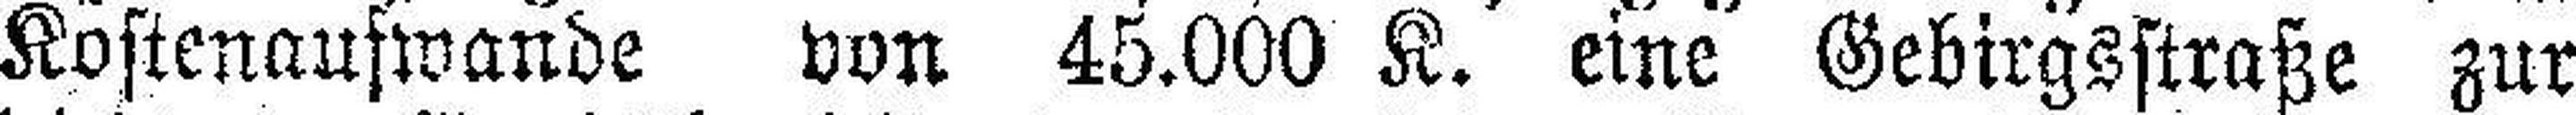
Kostenaufwande von 45.000 K. eine Gebirgsstraße zur